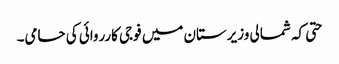
حتی کہ شمالی وزیرستان میں فوجی کارروائی کی حامی۔